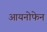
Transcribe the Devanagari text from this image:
आयनोफेन